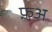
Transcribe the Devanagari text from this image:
फ़अ